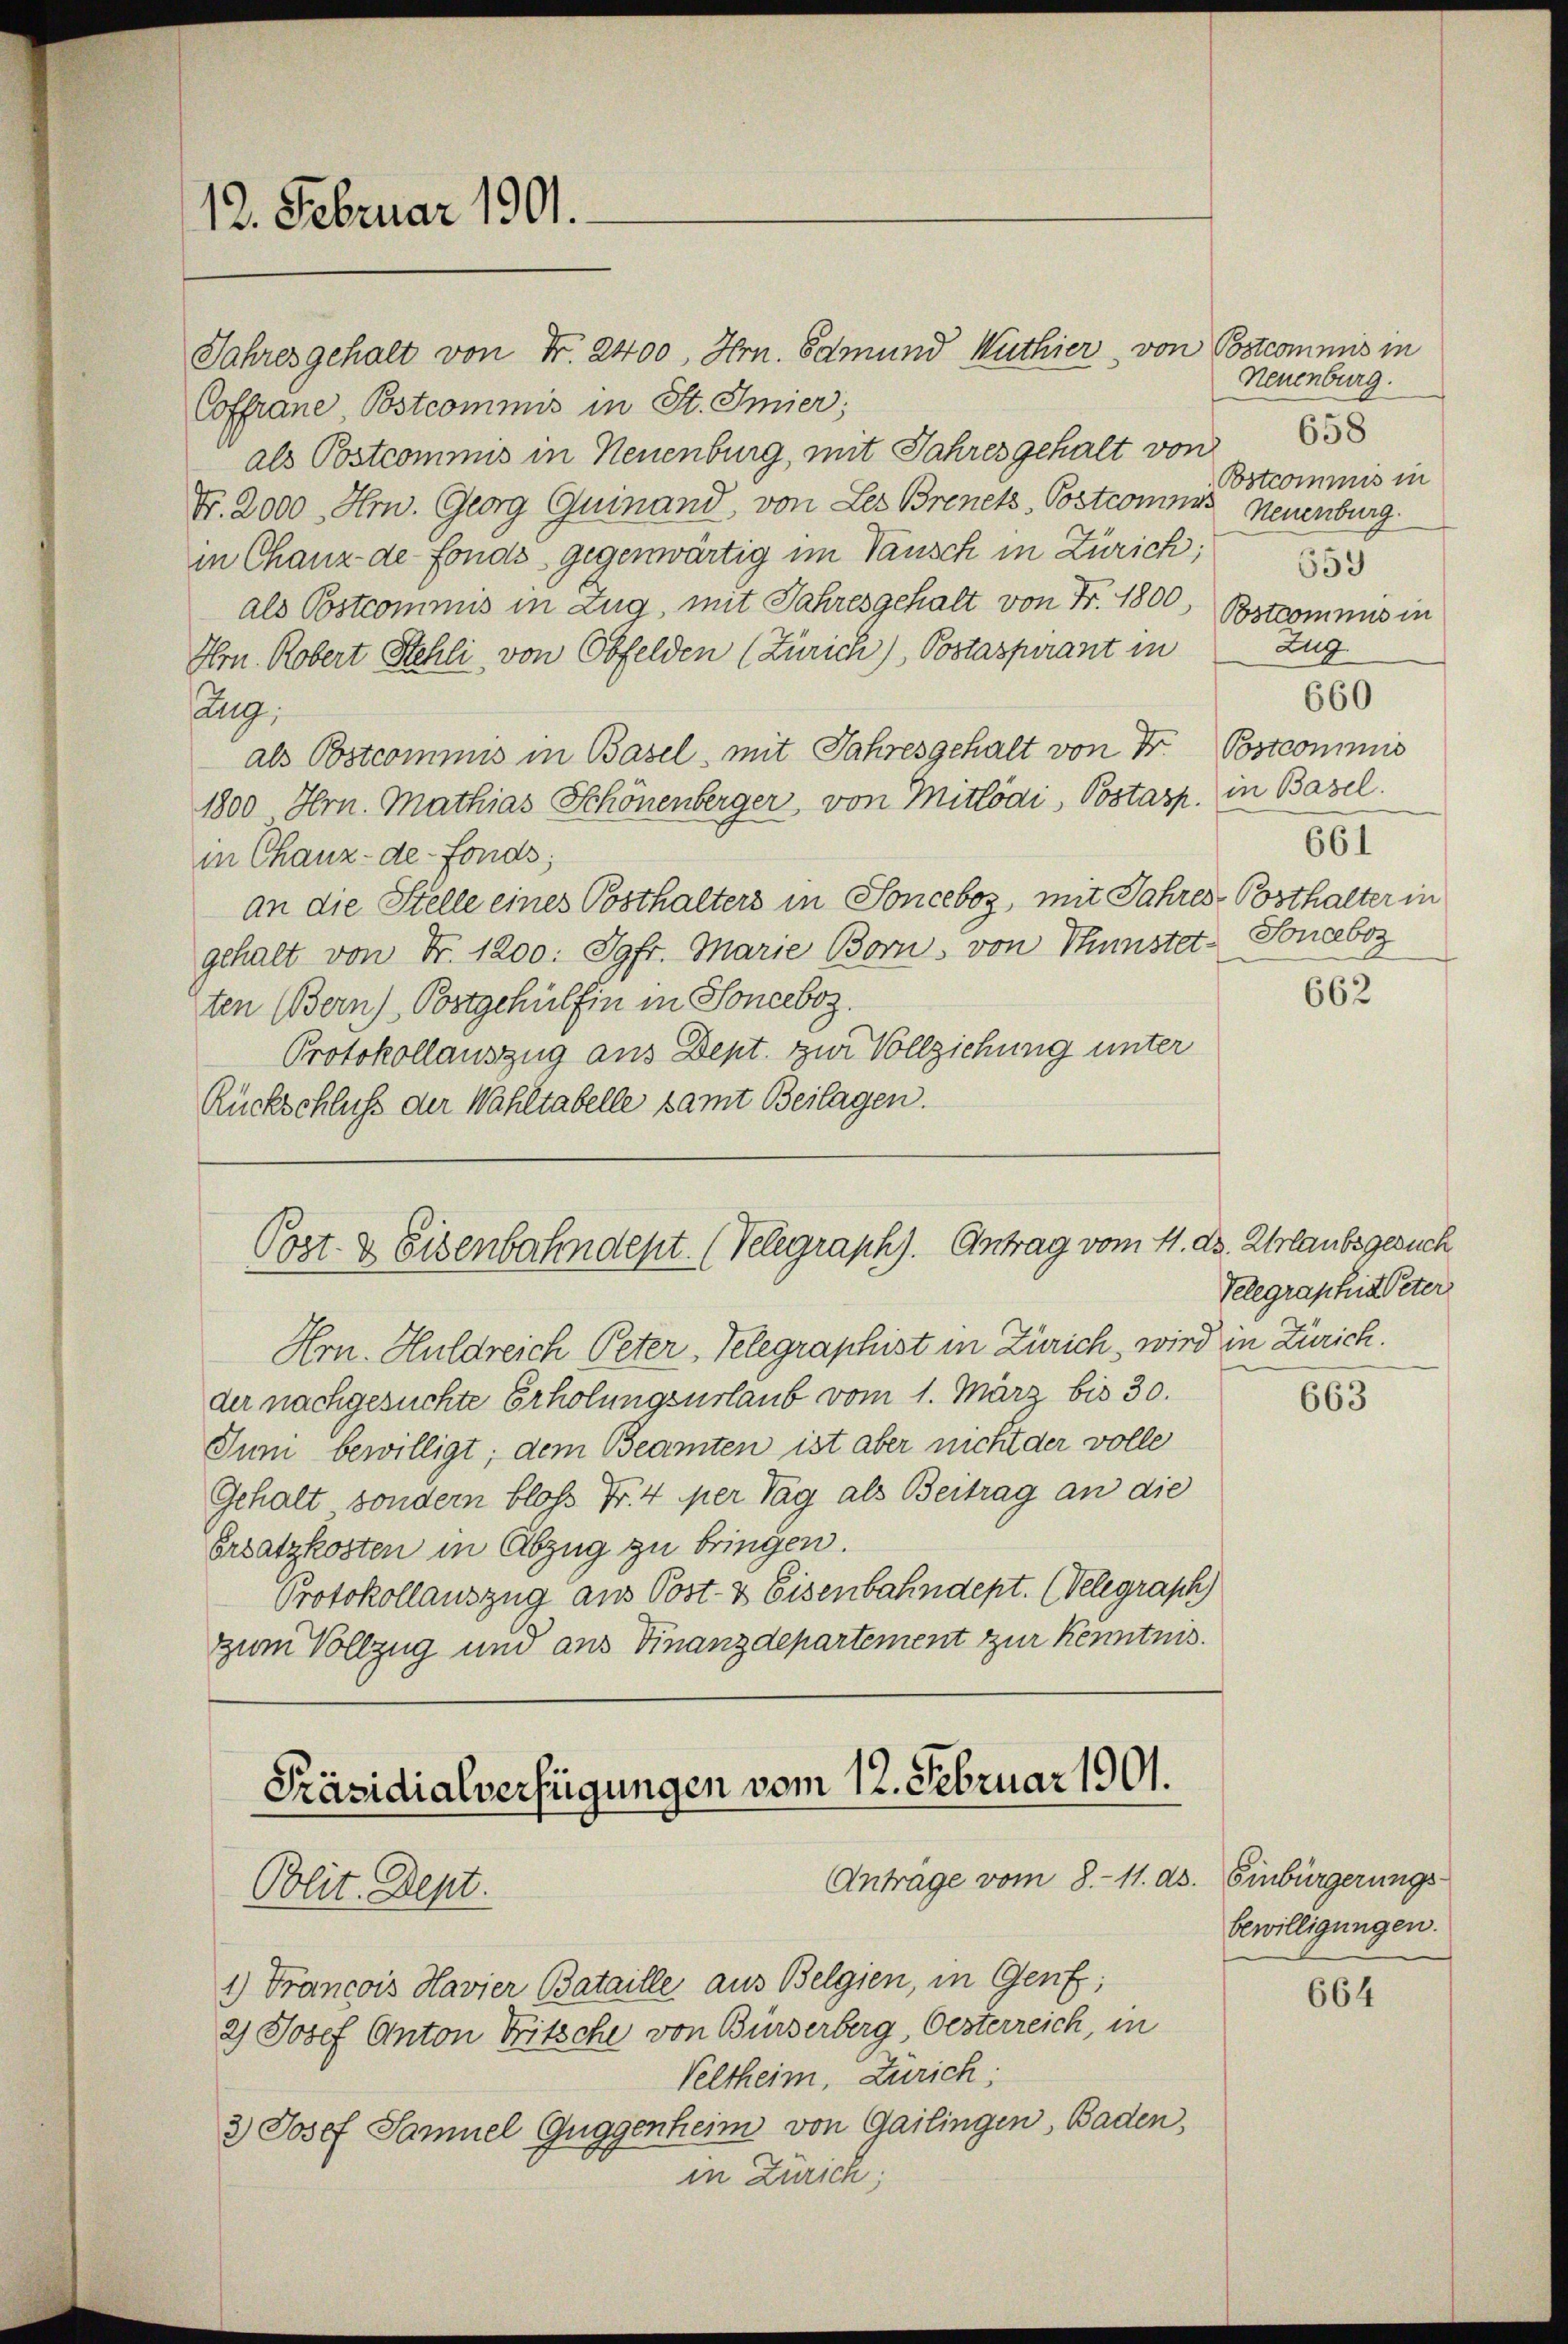
12. Februar 1901.

Jahres gehalt von Fr. 2400, Hrn. Edmund Wuthier, von Postcommis in
Coffrane Postcommis in St. Imier;
als Postcommis in Neuenburg, mit Jahres gehalt von
Nr. 2000 Hrn. Georg Quinand, von Les Brenetz, Postcomnes Neuenburg
in Chanz de Fonds gegenwärtig im Tausch in Zürich;
als Postcommis in Zug, mit Jahresgehalt von Fr. 1800,
Hrn. Robert Stehli, von Obfelden (Zürich), Postaspirant in
ang;
als Postcommis in Basel, mit Jahresgehalt von Dr. Postcommis
1800 Hrn. Mathias Schönenberger, von Mittödi, Postasp. in Basel.
in Chauz-de-Fonds;
an die Stelle eines Posthalters in Sonceboz, mit Jahres Posthalter in
gehalt von Fr. 1200: Jgfr. Marie Born, von Thunstet-Sonceboz
ten Bern) Postgehülfen in Sonceboz.
Protokollauszug aus Dept. zur Vollziehung unter
Rückschluß der Wahltabelle samt Beilagen.

Post- & Eisenbahndept. (Velegraph). Antrag vom 11. ds. Urlaubsgesuch

Präsidialverfügungen vom 12. Februar 1901.
Anträge vom 8. 11. ds. Einbürgerungs¬
Plit. Dept.

1) Francois Havier Bataille aus Belgien, in Genf;
2) Josef Anton Fritsche von Birserberg, Oesterreich, in
Veltheim, Zürich;
3) Josef Samuel Guggenheim von Gailingen, Baden,
in Zürich;

Hrn. Huldreich Peter, Telegraphist in Zürich, wird in Zürich.
der nachgesuchte Erholungsurlaub vom 1. März bis 30.
Juni bewilligt; dem Beamten ist aber nicht der volle
Gehalt sondern bloß Fr. 4 per Tag als Beitrag an die
Ersatzkosten in Abzug zu bringen.
Protokollauszug aus Post- & Eisenbahndept. (Velegraph)
zum Vollzug um aus Finanzdepartement zur Kenntnis.

Neuenburg.
658
Bstcommis in
659
Bstcommis in
Zug
660
661

Telegraphie Peter

662

663

bewilligungen.

664